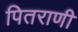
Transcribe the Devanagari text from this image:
पितराणी